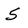
Character: 5